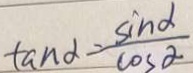
\tan \alpha = \frac { \sin \alpha } { \cos \alpha }